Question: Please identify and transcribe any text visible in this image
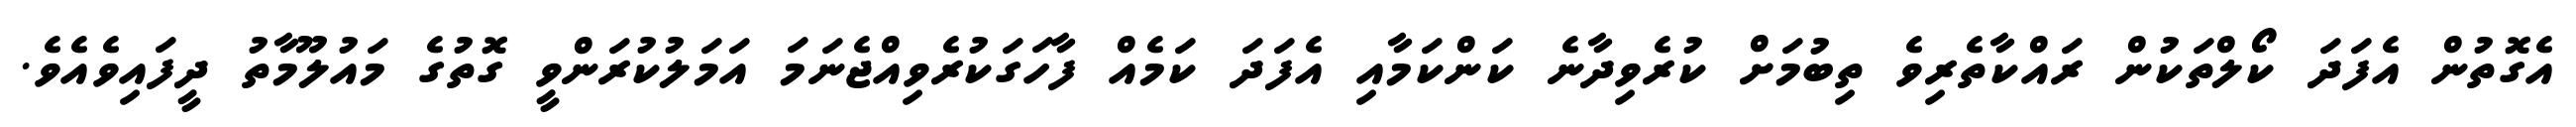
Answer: އެގޮތުން އެފަދަ ކޯލްތަކުން ރައްކާތެރިވެ ތިބުމަށް ކުރެވިދާނެ ކަންކަމާއި އެފަދަ ކަމެއް ފާހަގަކުރެވިއްޖެނަމަ އަމަލުކުރަންވީ ގޮތުގެ މައުލޫމާތު ދީފައިވެއެވެ.